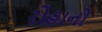
રોહાનો